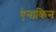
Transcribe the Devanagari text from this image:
ऐनाकिन